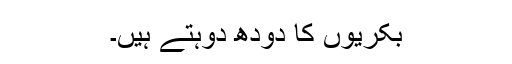
بکریوں کا دودھ دوہتے ہیں۔